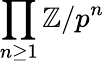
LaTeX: \prod_{n\geq 1}\mathbb{Z}/p^{n}